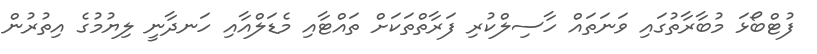
ފުޓްބޯޅަ މުބާރާތުގައި ވަނަތައް ހާސިލްކުރި ފަރާތްތަކަށް ތައްޓާއި މެޑަލްއާއި ހަނދާނީ ލިޔުމުގެ އިތުރުން